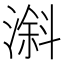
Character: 𣻠